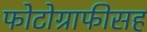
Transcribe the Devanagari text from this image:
फोटोग्राफीसह